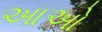
આઓ